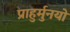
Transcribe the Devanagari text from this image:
प्राहुर्मुनयो